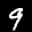
Label: 9